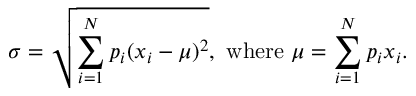
\sigma = { \sqrt { \sum _ { i = 1 } ^ { N } p _ { i } ( x _ { i } - \mu ) ^ { 2 } } } , { \mathrm { ~ w h e r e ~ } } \mu = \sum _ { i = 1 } ^ { N } p _ { i } x _ { i } .